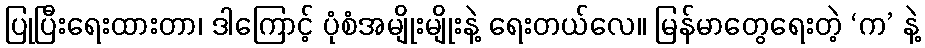
ပြုပြီးရေးထားတာ၊ ဒါကြောင့် ပုံစံအမျိုးမျိုးနဲ့ ရေးတယ်လေ။ မြန်မာတွေရေးတဲ့ ‘က’ နဲ့